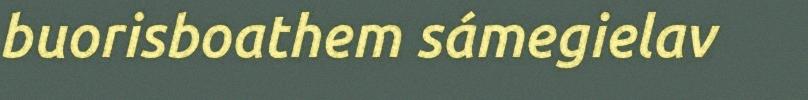
buorisboathem sámegielav